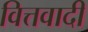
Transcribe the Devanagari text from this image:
वित्तवादी